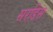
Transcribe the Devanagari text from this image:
सरडिस